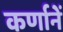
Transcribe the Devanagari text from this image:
कर्णानें